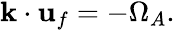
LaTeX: \begin{array}{r}{\mathbf{k}\cdot\mathbf{u}_{f}=-\Omega_{A}.}\end{array}